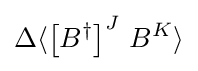
\Delta \langle \left[B^{\dagger }\right]^{J}\,B^{K}\rangle